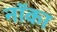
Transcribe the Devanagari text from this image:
नॉका